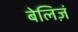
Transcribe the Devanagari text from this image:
बेलिज़ं